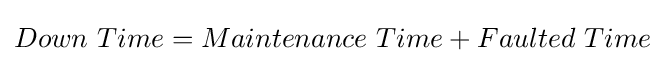
Down\ Time=Maintenance\ Time+Faulted\ Time